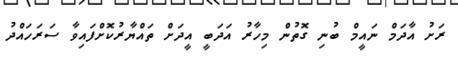
ރަށު އާދަމް ނައީމް ބުނި ގޮތުން މިހާރު އަދަބީ އީދަށް ތައްޔާރުކޮށްފައިވާ ސަރަހައްދު